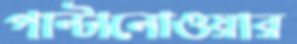
পাল্‌টানোওয়ার